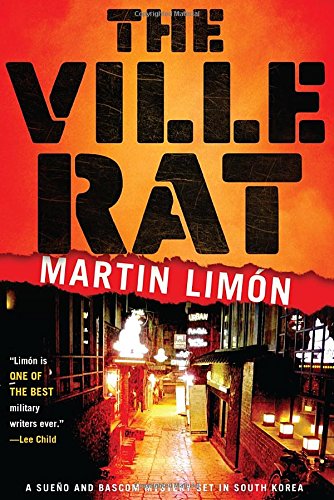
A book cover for The Ville Rat (A Sergeants SueÃ±o and Bascom Novel); Martin Limon; Mystery, Thriller & Suspense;